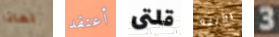
لماذا أعتقد قلتى الأبله 3